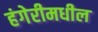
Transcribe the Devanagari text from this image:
हंगेरीमधील